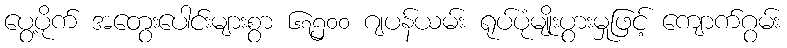
ပွေ့ပိုက် အတွေးပေါင်းများစွာ ၆၇၅၀၀ ဂျပန်ယမ်း ရုပ်ပုံမျိုးပွားမှုဖြင့် ကျောက်ဂွမ်း